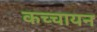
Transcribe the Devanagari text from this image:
कच्चायन